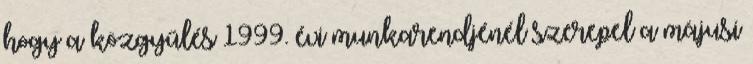
hogy a közgyűlés 1999. évi munkarendjénél szerepel a májusi